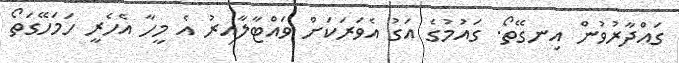
ގައްދާރުވުން އިނގޭތޯ. ގައުމުގެ އަގު އެވަރަކަށް ވައްޓާލާއިރު އެ މީހާ އެހެރީ ހަމަހޭގަތޯ